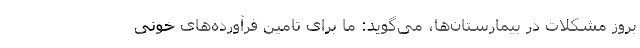
بروز مشکلات در بیمارستان‌ها، می‌گوید: ما برای تامین فرآورده‌های خونی